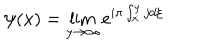
\psi ( x ) = \lim _ { y \rightarrow \infty } e ^ { i \pi \int _ { x } ^ { y } j d \xi }